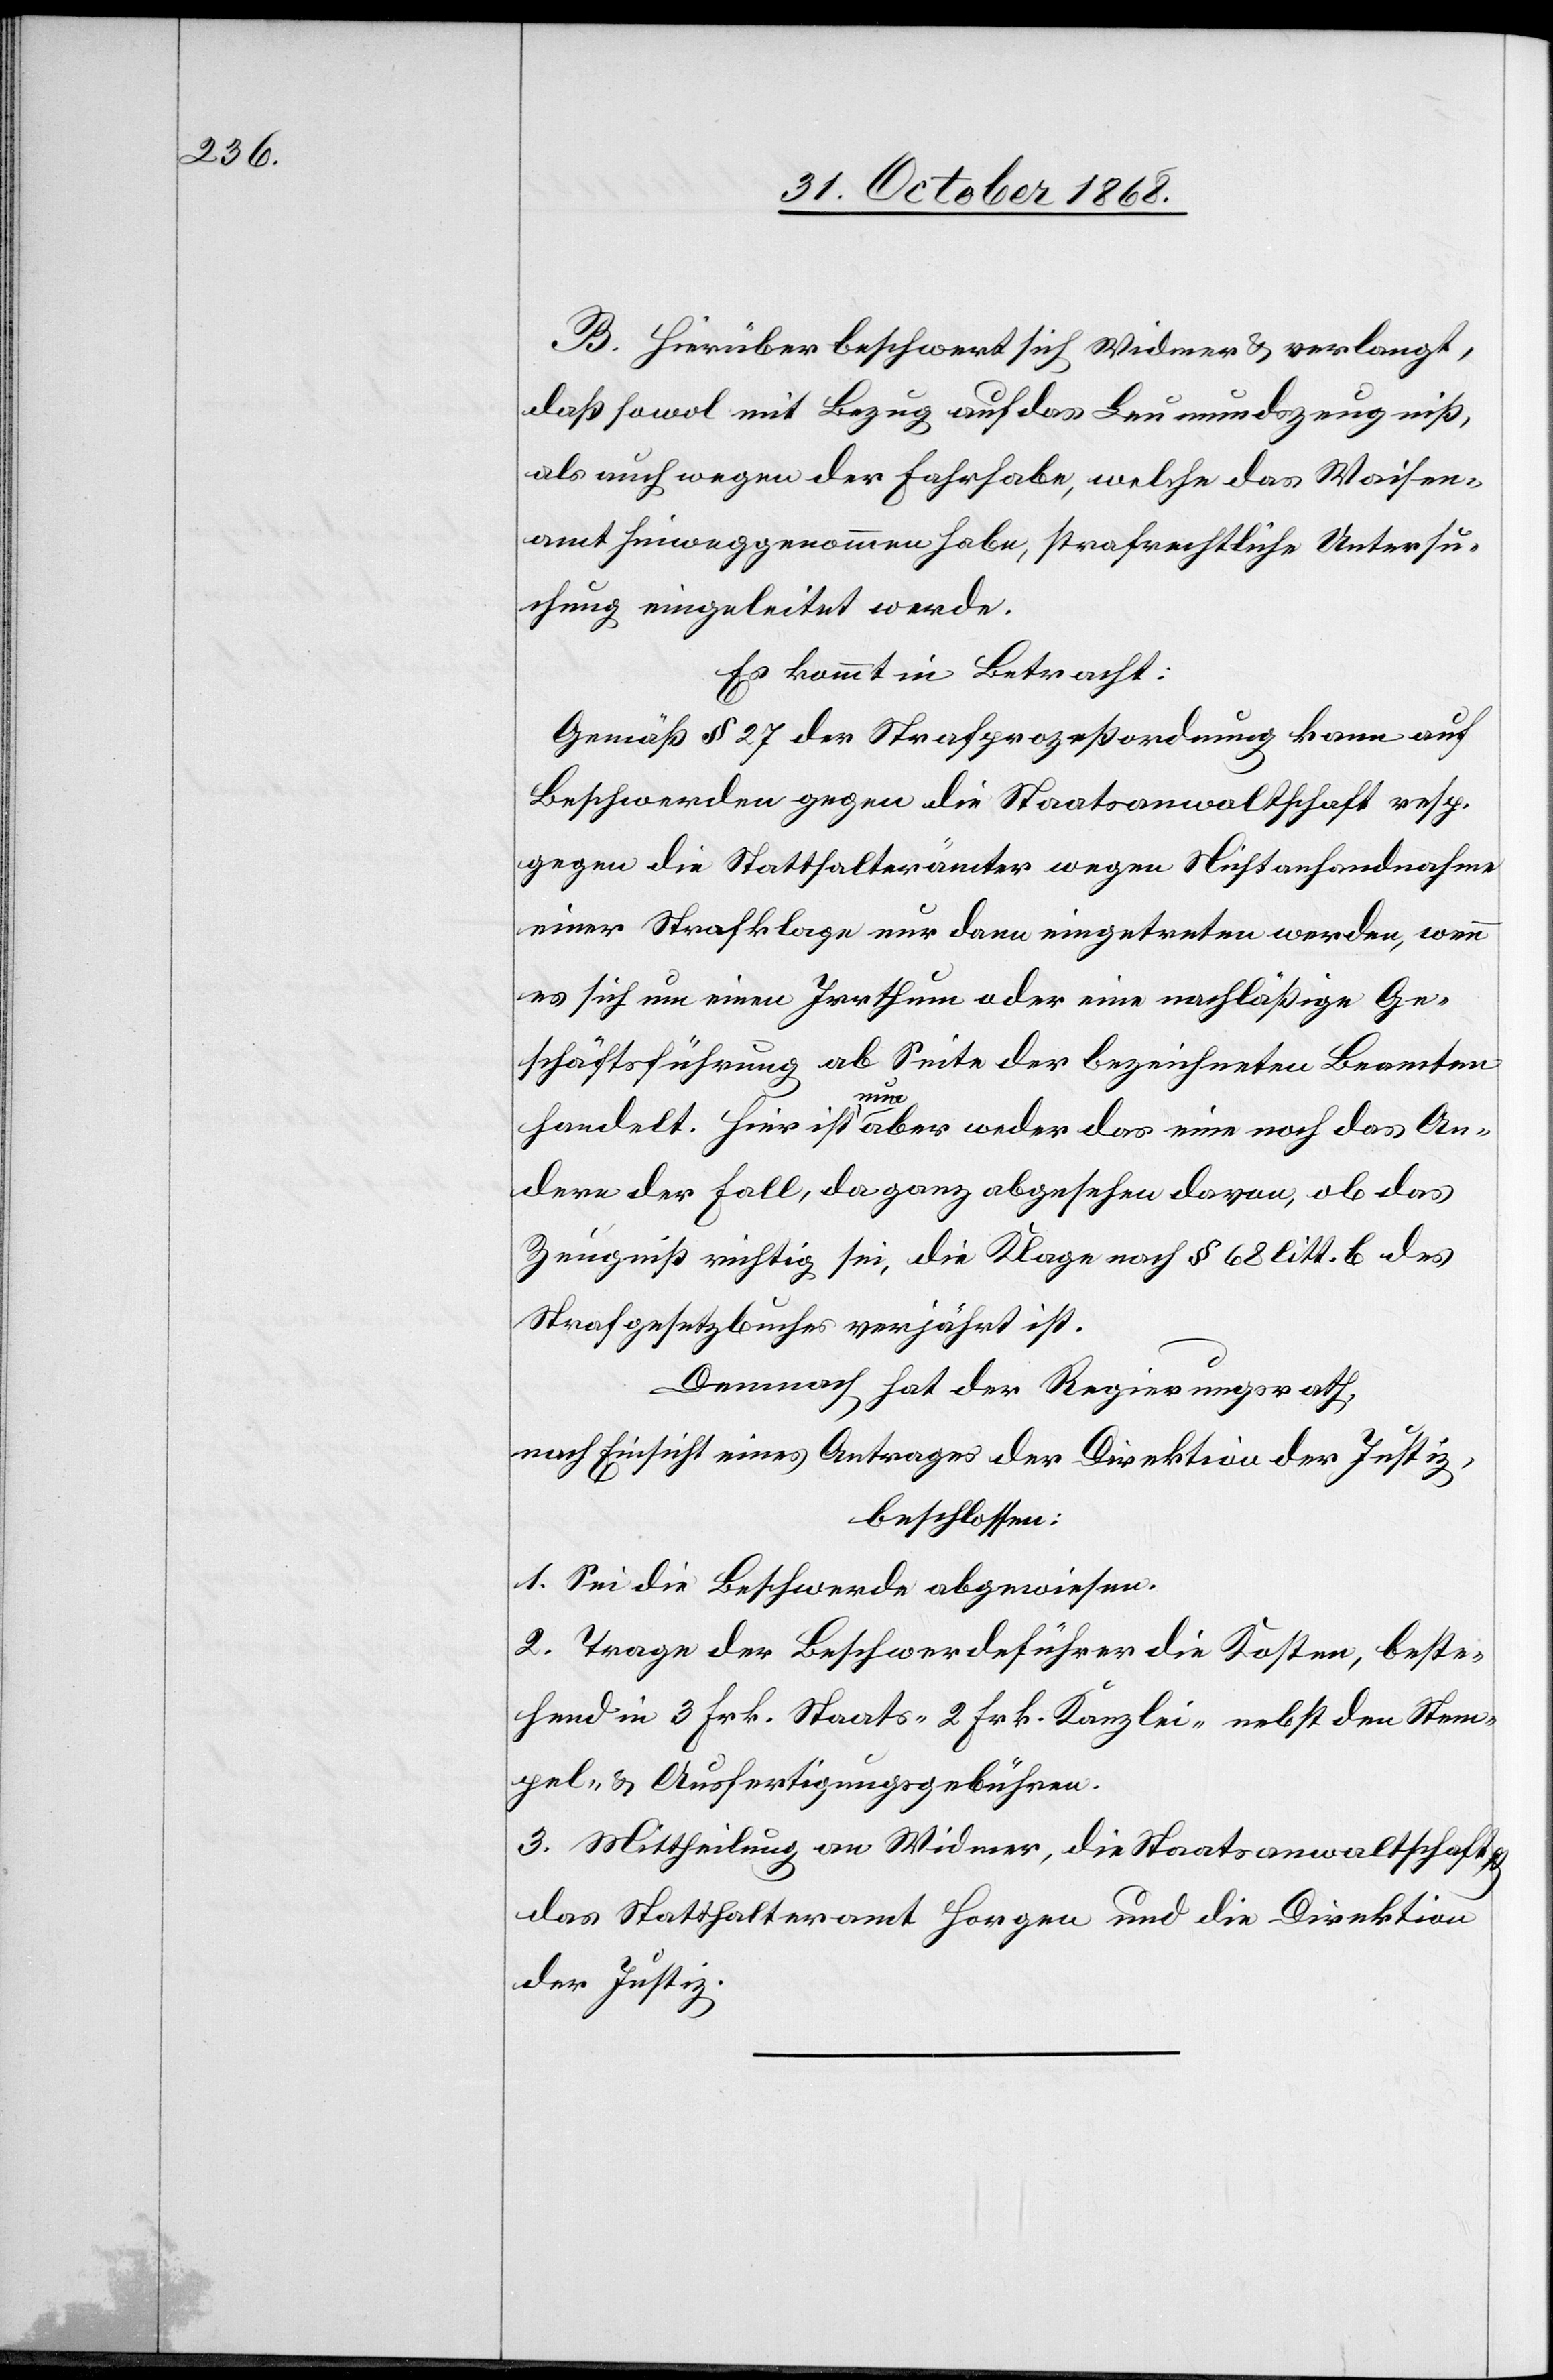
B. Hierüber beschwert sich Widmer & verlangt,
daß sowol mit Bezug auf das Leumundszeugniß,
als auch wegen der Fahrhabe, welche das Waisen¬
amt hinweggenommen habe, strafrechtliche Untersu¬
chung eingeleitet werde.
Es kommt in Betracht:
Gemäß § 27 der Strafprozeßordnung kann auf
Beschwerden gegen die Staatsanwaltschaft resp.
gegen die Statthalterämter wegen Nichtanhandnahme
einer Strafklage nur dann eingetreten werden, wenn
es sich um einen Irrthum oder eine nachläßige Ge¬
schäftsführung ab Seite der bezeichneten Beamten
handelt. Hier ist nun aber weder das eine noch das An¬
dere der Fall, da ganz abgesehen davon, ob das
Zeugniß richtig sei, die Klage nach § 68 litt. b des
Strafgesetzbuches verjährt ist.
Demnach hat der Regierungsrath,
nach Einsicht eines Antrages der Direktion der Justiz,
beschlossen:
1. Sei die Beschwerde abgewiesen.
2. Trage der Beschwerdeführer die Kosten, beste¬
hend in 3 Frk. Staats-[,] 2 Frk. Kanzlei-[,] nebst den Stem¬
pel- & Ausfertigungsgebühren.
3. Mittheilung an Widmer, die Staatsanwaltschaft
das Statthalteramt Horgen und die Direktion
der Justiz.